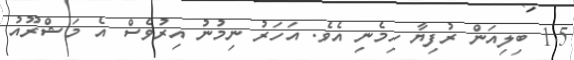
1.5 ބިލިއަން ރުފިޔާ ހިމެނި އެވެ. އަހަރު ނިމުނު އިރުވެސް އެ މަޝްރޫއު